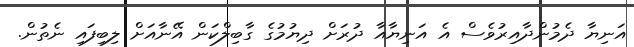
އަނިޔާ ދެމުންދާއިރުވެސް އެ އަނިޔާއާ ދުރަށް ދިޔުމުގެ ގާބިލްކަން އޭނާއަށް ލިބިފައި ނެތުން.